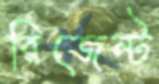
রিজেন্ট